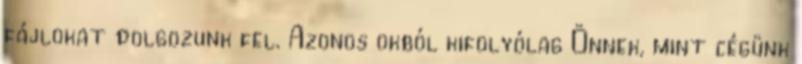
fájlokat dolgozunk fel. Azonos okból kifolyólag Önnek, mint cégünk